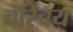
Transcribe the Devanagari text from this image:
चरिचय